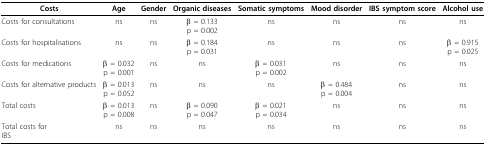
<table><thead><tr><td><b>Costs</b></td><td><b>Age</b></td><td><b>Gender</b></td><td><b>Organic diseases</b></td><td><b>Somatic symptoms</b></td><td><b>Mood disorder</b></td><td><b>IBS symptom score</b></td><td><b>Alcohol use</b></td></tr></thead><tbody><tr><td>Costs for consultations</td><td>ns</td><td>ns</td><td>β = 0.133p = 0.002</td><td>ns</td><td>ns</td><td>ns</td><td>ns</td></tr><tr><td>Costs for hospitalisations</td><td>ns</td><td>ns</td><td>β = 0.184p = 0.031</td><td>ns</td><td>ns</td><td>ns</td><td>β = 0.915p = 0.025</td></tr><tr><td>Costs for medications</td><td>β = 0.032p = 0.001</td><td>ns</td><td>ns</td><td>β = 0.031p = 0.002</td><td>ns</td><td>ns</td><td>ns</td></tr><tr><td>Costs for alternative products</td><td>β = 0.013p = 0.052</td><td>ns</td><td>ns</td><td>ns</td><td>β = 0.484p = 0.004</td><td>ns</td><td>ns</td></tr><tr><td>Total costs</td><td>β = 0.013p = 0.008</td><td>ns</td><td>β = 0.090p = 0.047</td><td>β = 0.021p = 0.034</td><td>ns</td><td>ns</td><td>ns</td></tr><tr><td>Total costs forIBS</td><td>ns</td><td>ns</td><td>ns</td><td>ns</td><td>ns</td><td>ns</td><td>ns</td></tr></tbody></table>